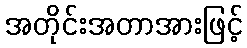
အတိုင်းအတာအားဖြင့်